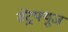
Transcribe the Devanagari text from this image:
सेंट्रफ्यूज